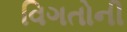
વિગતોની